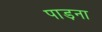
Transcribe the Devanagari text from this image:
पाड़ना